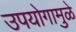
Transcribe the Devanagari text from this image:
उपयोगामुळे